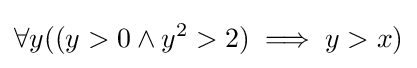
\forall y((y>0\land y^{2}>2)\implies y>x)